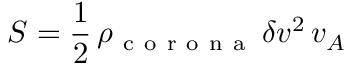
S = \frac 1 2 \, \rho _ { \mathrm { ~ c ~ o ~ r ~ o ~ n ~ a ~ } } \, \delta v ^ { 2 } \, v _ { A }